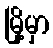
မြို့မှာ